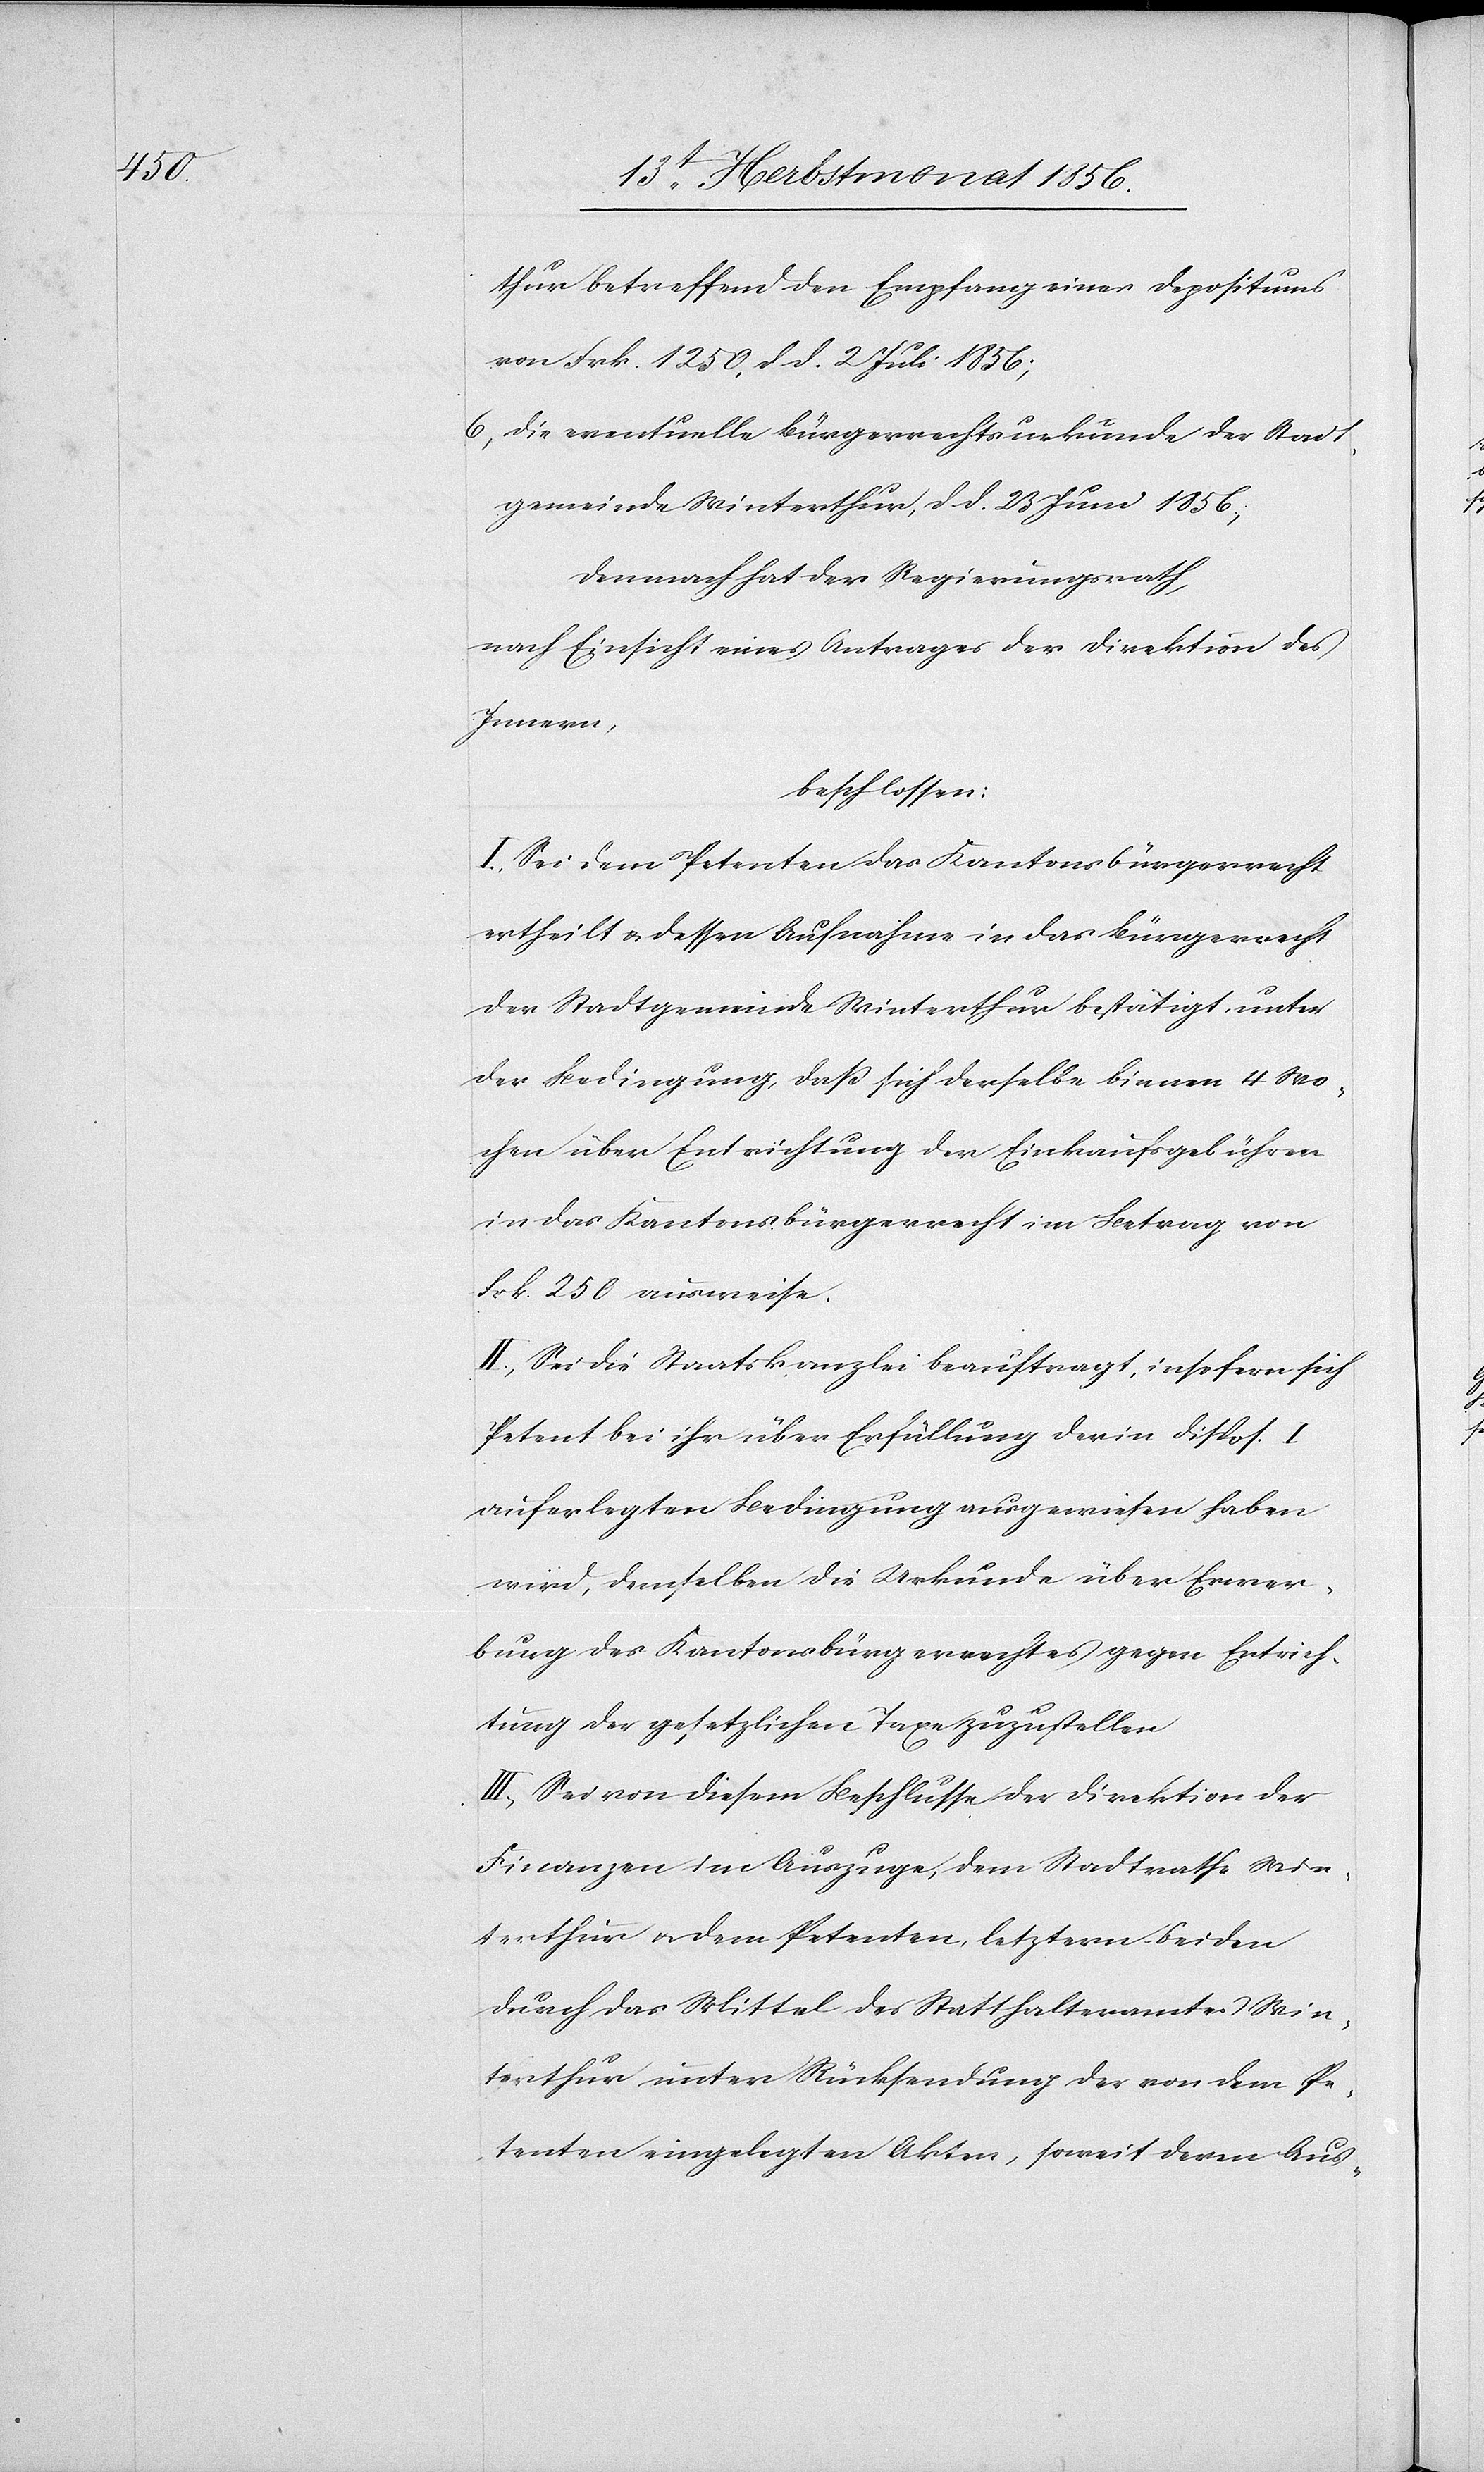
thur betreffend den Empfang eines Depositums
von Frk. 1250, d d. 2 Juli 1856;
6) die eventuelle Bürgerrechtsurkunde der Stadt¬
gemeinde Winterthur, d. d. 23 Juni 1856;
Demnach hat der Regierungsrath,
nach Einsicht eines Antrages der Direktion des
Innern,
beschlossen:
I.) Sei dem Petenten das Kantonsbürgerrecht
ertheilt & dessen Aufnahme in das Bürgerrecht
der Stadtgemeinde Winterthur bestätigt unter
der Bedingung, dass sich derselbe binnen 4 Wo¬
chen über Entrichtung der Einkaufsgebühren
in das Kantonsbürgerrecht im Betrag von
Frk. 250 ausweise.
II.) Sei die Staatskanzlei beauftragt, insofern sich
Petent bei ihr über Erfüllung der in Dispos. I
auferlegten Bedingung ausgewiesen haben
wird, demselben die Urkunde über Erwer¬
bung des Kantonsbürgerrechtes gegen Entrich¬
tung der gesetzlichen Taxe zuzustellen
III.) Sei von diesem Beschlusse der Direktion der
Finanzen im Auszuge, dem Stadtrathe Win¬
terthur u. dem Petenten, letztern beiden
durch das Mittel des Statthalteramtes Win¬
terthur unter Rücksendung der von dem Pe¬
tenten eingelegten Akten, soweit deren Aus-